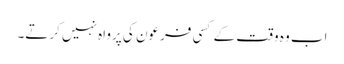
اب وہ وقت کے کسی فرعون کی پرواہ نہیں کرتے۔